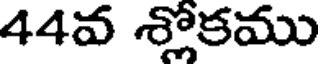
44వ శ్లోకము